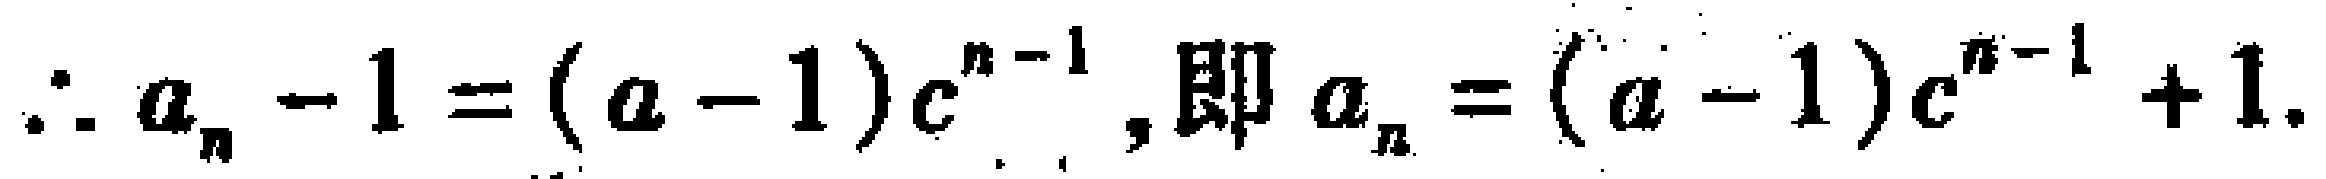
\(\therefore a_{n}-1=(a - 1)c^{n - 1},\text{即}a_{n}=(a - 1)c^{n - 1}+1.\)